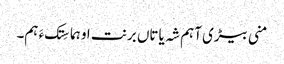
منی بیڑی آہم شہ یاتاں برنت او ہما سِتک ءَ ہم۔